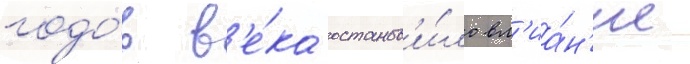
годо́в в'е́ка останов'и́ло вл'иа́н'ие